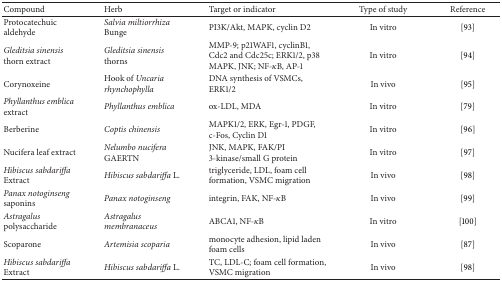
| Compound | Herb | Target or indicator | Type of study | Reference |
 | --- | --- | --- | --- | --- |
 | Protocatechuic aldehyde | Salvia miltiorrhiza Bunge | PI3K/Akt, MAPK, cyclin D2 | In vitro | [93] |
 | Gleditsia sinensis thorn extract | Gleditsia sinensis thorns | MMP-9; p21WAF1, cyclinB1, Cdc2 and Cdc25c; ERK1/2, p38 MAPK, JNK; NF-κB, AP-1 | In vitro | [94] |
 | Corynoxeine | Hook of Uncaria rhynchophylla | DNA synthesis of VSMCs, ERK1/2 | In vivo | [95] |
 | Phyllanthus emblica extract | Phyllanthus emblica | ox-LDL, MDA | In vitro | [79] |
 | Berberine | Coptis chinensis | MAPK1/2, ERK, Egr-1, PDGF, c-Fos, Cyclin D1 | In vitro | [96] |
 | Nucifera leaf extract | Nelumbo nucifera GAERTN | JNK, MAPK, FAK/PI 3-kinase/small G protein | In vitro | [97] |
 | Hibiscus sabdariffa Extract | Hibiscus sabdariffa L. | triglyceride, LDL, foam cell formation, VSMC migration | In vivo | [98] |
 | Panax notoginseng saponins | Panax notoginseng | integrin, FAK, NF-κB | In vivo | [99] |
 | Astragalus polysaccharide | Astragalus membranaceus | ABCA1, NF-κB | In vitro | [100] |
 | Scoparone | Artemisia scoparia | monocyte adhesion, lipid laden foam cells | In vivo | [87] |
 | Hibiscus sabdariffa Extract | Hibiscus sabdariffa L. | TC, LDL-C; foam cell formation, VSMC migration | In vivo | [98] |